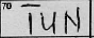
Transcription: TUN